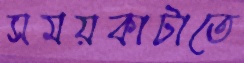
সময়কাটাতে